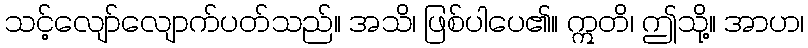
သင့်လျော်လျောက်ပတ်သည်။ အသိ၊ ဖြစ်ပါပေ၏။ ဣတိ၊ ဤသို့။ အာဟ၊